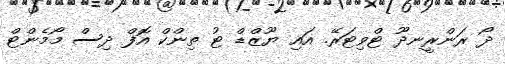
ދޯ ރަންރީނދޫ ޓްވިޓަރޭ. އައި ޔޫޒްޑް ޓު ތިންކް އޮފް ދިސް މޯމެންޓް